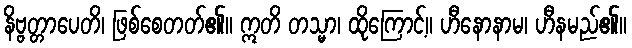
နိဗ္ဗတ္တာပေတိ၊ ဖြစ်စေတတ်၏။ ဣတိ တသ္မာ၊ ထိုကြောင့်။ ဟီနောနာမ၊ ဟီနမည်၏။